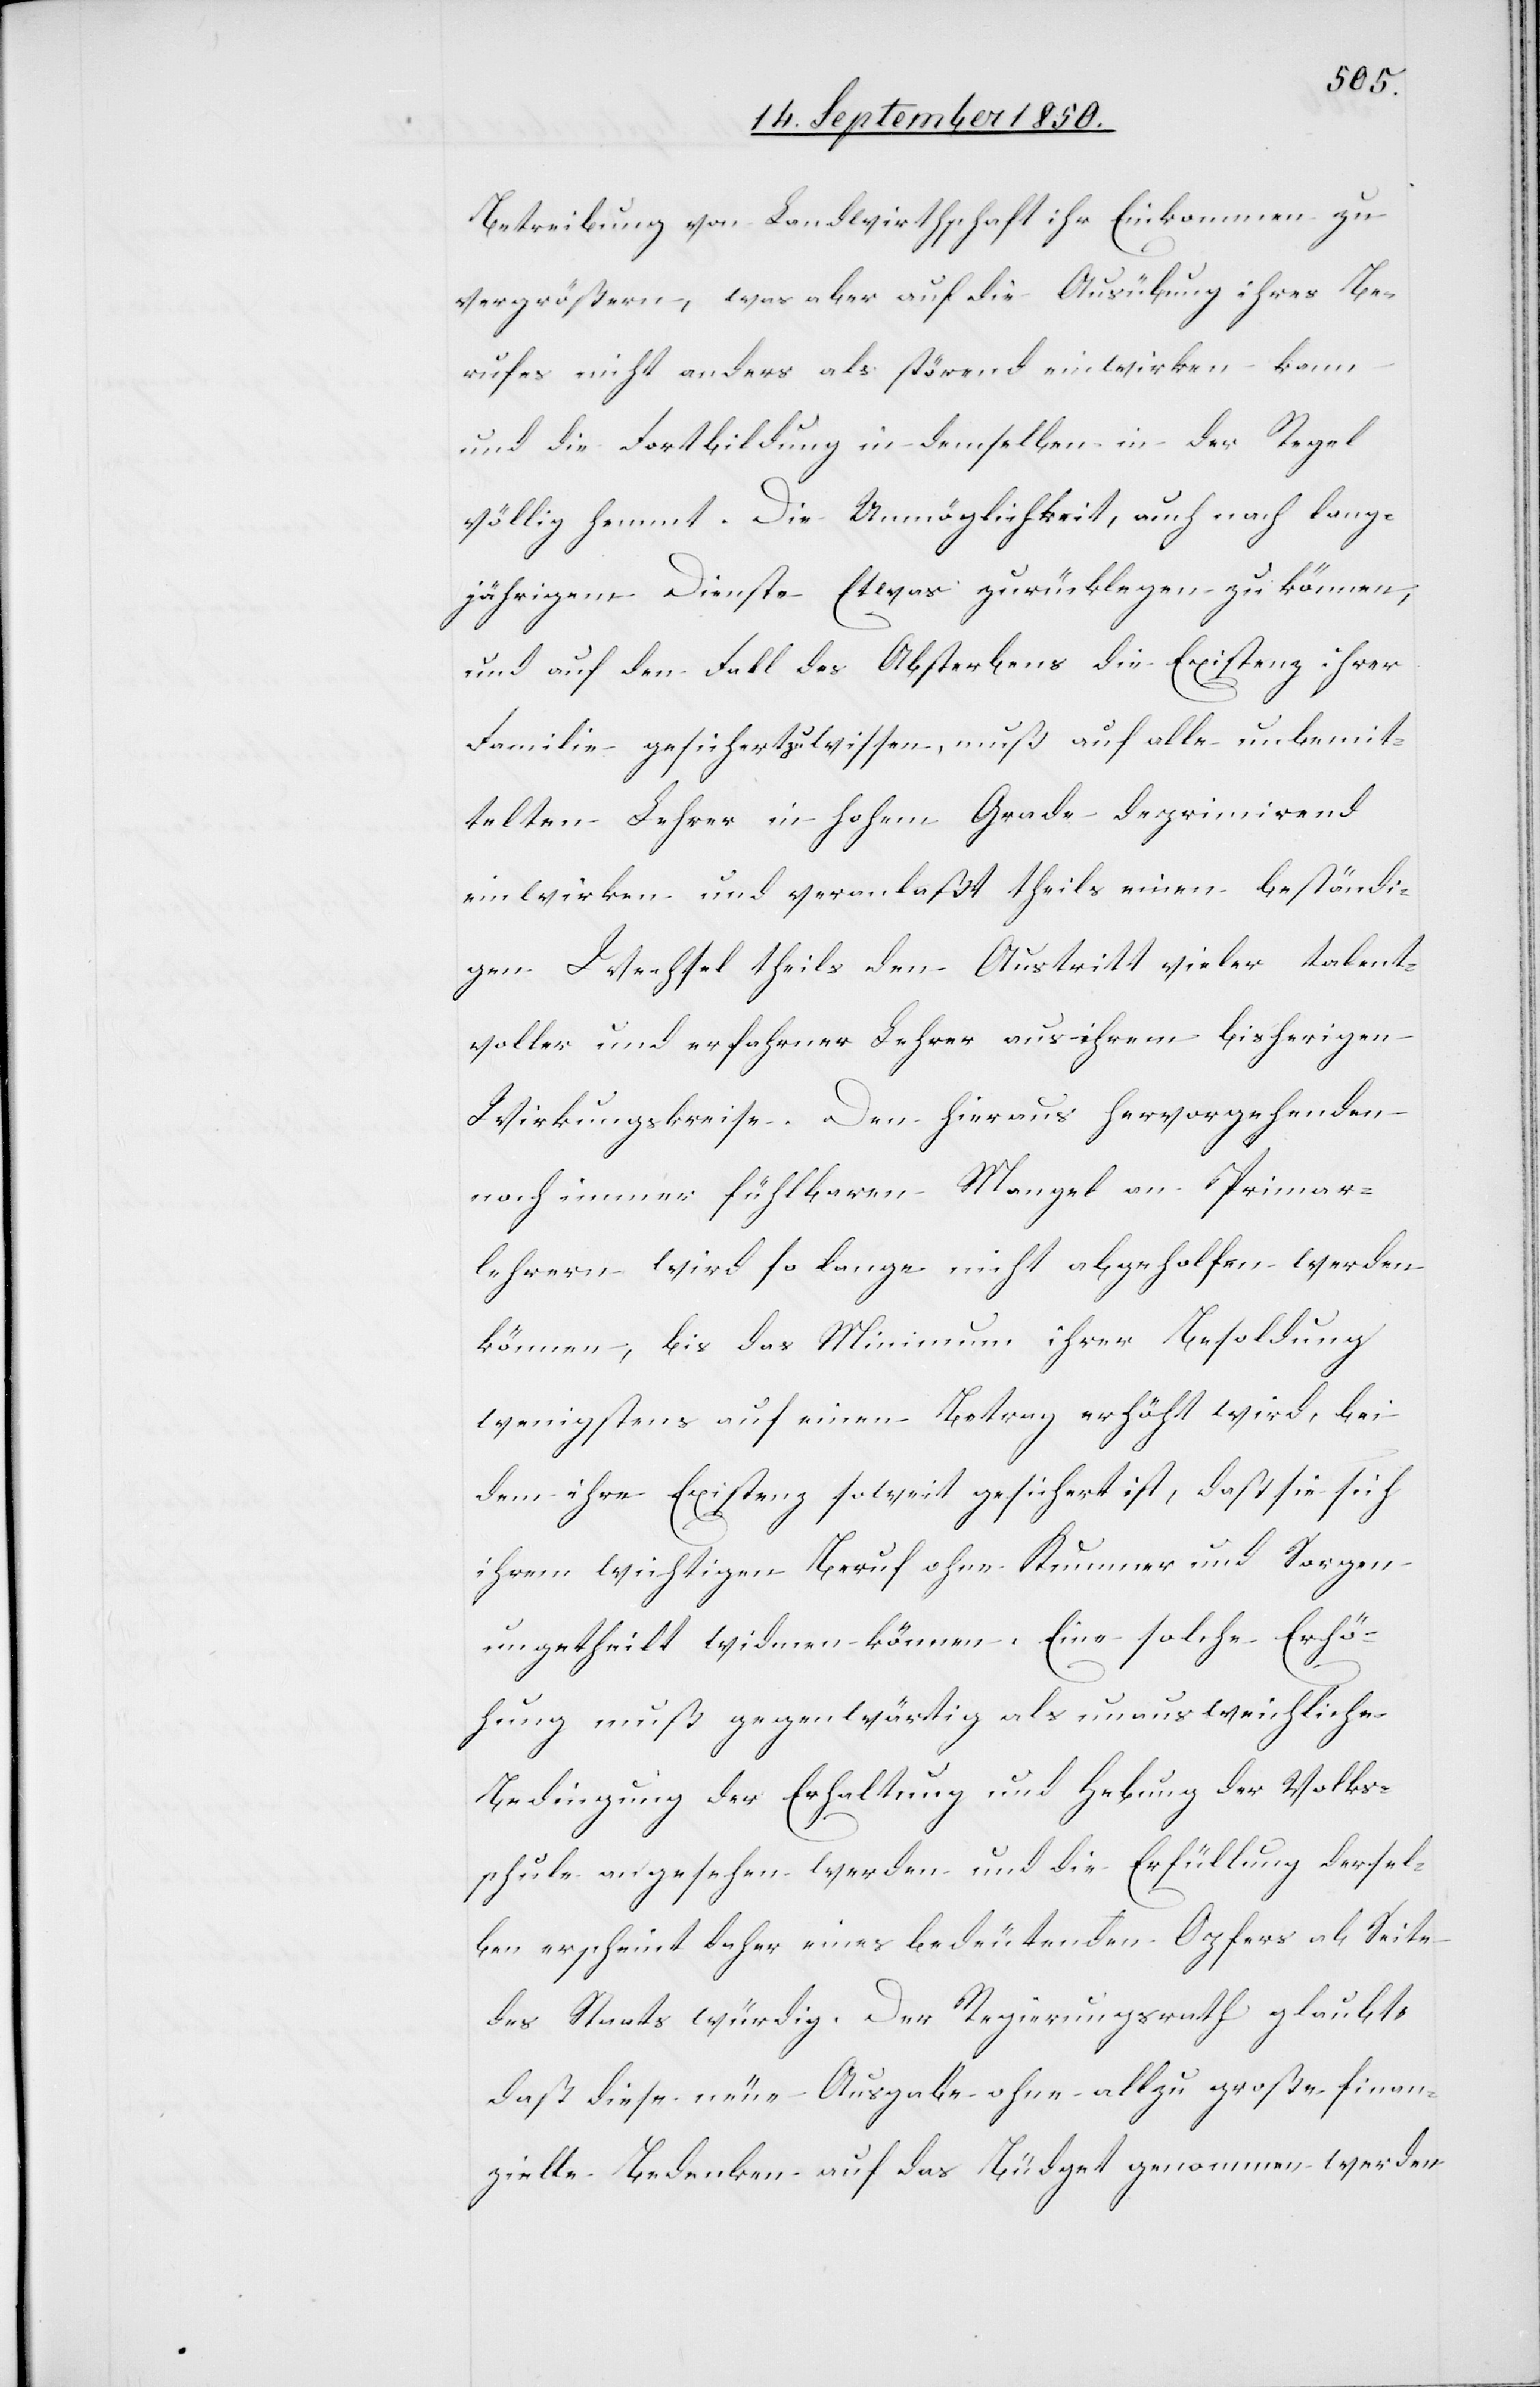
Betreibung von Landwirthschaft ihr Einkommen zu
vergrößern, was aber auf die Ausübung ihres Be¬
rufes nicht anders als störend einwirken kann
und die Fortbildung in demselben in der Regel
völlig hemmt. Die Unmöglichkeit, auch nach lang¬
jährigem Dienste Etwas zurücklegen zu können,
und auf den Fall des Absterbens die Existenz ihrer
Familie gesichert zu wissen, muß auf alle unbemit¬
telten Lehrer in hohem Grade deprimirend
einwirken und veranlaßt theils einen beständi¬
gen Wechsel theils den Austritt vieler talent¬
voller und erfahrner Lehrer aus ihrem bisherigen
Wirkungskreise. Den hieraus hervorgehenden
noch immer fühlbaren Mangel an Primar¬
lehrern wird so lange nicht abgeholfen werden
können, bis das Minimum ihrer Besoldung
wenigstens auf einen Betrag erhöht wird, bei
dem ihre Existenz soweit gesichert ist, daß sie sich
ihrem wichtigen Beruf ohne Kummer und Sorgen
ungetheilt widmen können. Eine solche Erhö¬
hung muß gegenwärtig als unausweichliche
Bedingung der Erhaltung und Hebung der Volks¬
schule angesehen werden und die Erfüllung dersel¬
ben erscheint daher eines bedeutenden Opfers ab Seite
des Staats würdig. Der Regierungsrath glaubt,
daß diese neue Ausgabe ohne allzu große finan¬
zielle Bedenken auf das Büdget genommen werden